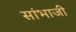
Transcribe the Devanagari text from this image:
सांभाजी